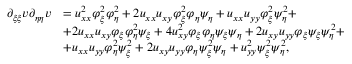
\begin{array} { r l } { \partial _ { \xi \xi } v \partial _ { \eta \eta } v } & { = u _ { x x } ^ { 2 } \varphi _ { \xi } ^ { 2 } \varphi _ { \eta } ^ { 2 } + 2 u _ { x x } u _ { x y } \varphi _ { \xi } ^ { 2 } \varphi _ { \eta } \psi _ { \eta } + u _ { x x } u _ { y y } \varphi _ { \xi } ^ { 2 } \psi _ { \eta } ^ { 2 } + } \\ & { + 2 u _ { x x } u _ { x y } \varphi _ { \xi } \varphi _ { \eta } ^ { 2 } \psi _ { \xi } + 4 u _ { x y } ^ { 2 } \varphi _ { \xi } \varphi _ { \eta } \psi _ { \xi } \psi _ { \eta } + 2 u _ { x y } u _ { y y } \varphi _ { \xi } \psi _ { \xi } \psi _ { \eta } ^ { 2 } + } \\ & { + u _ { x x } u _ { y y } \varphi _ { \eta } ^ { 2 } \psi _ { \xi } ^ { 2 } + 2 u _ { x y } u _ { y y } \varphi _ { \eta } \psi _ { \xi } ^ { 2 } \psi _ { \eta } + u _ { y y } ^ { 2 } \psi _ { \xi } ^ { 2 } \psi _ { \eta } ^ { 2 } , } \end{array}